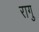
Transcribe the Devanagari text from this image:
रागु